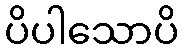
ပိပါသောပိ